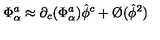
\Phi _ { \alpha } ^ { a } \approx \partial _ { c } ( \Phi _ { \alpha } ^ { a } ) \hat { \phi } ^ { c } + \O ( \hat { \phi } ^ { 2 } )